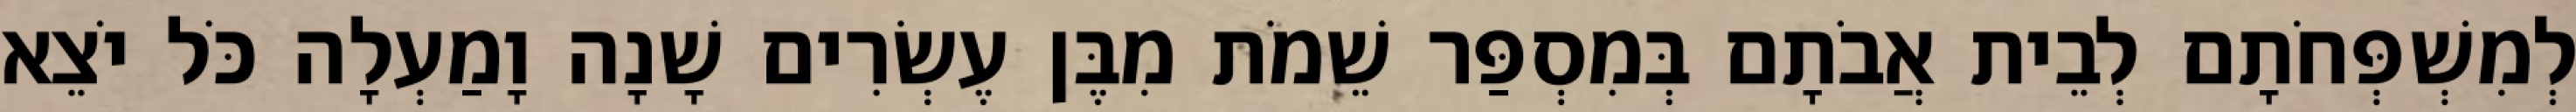
לְמִשְׁפְּחֹתָם לְבֵית אֲבֹתָם בְּמִסְפַּר שֵׁמֹת מִבֶּן עֶשְׂרִים שָׁנָה וָמַעְלָה כֹּל יֹצֵא